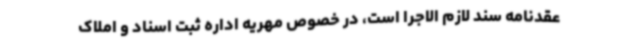
عقدنامه سند لازم الاجرا است، در خصوص مهریه اداره ثبت اسناد و املاک